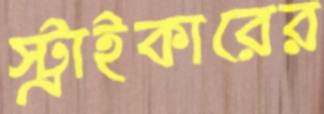
স্ট্রাইকারের